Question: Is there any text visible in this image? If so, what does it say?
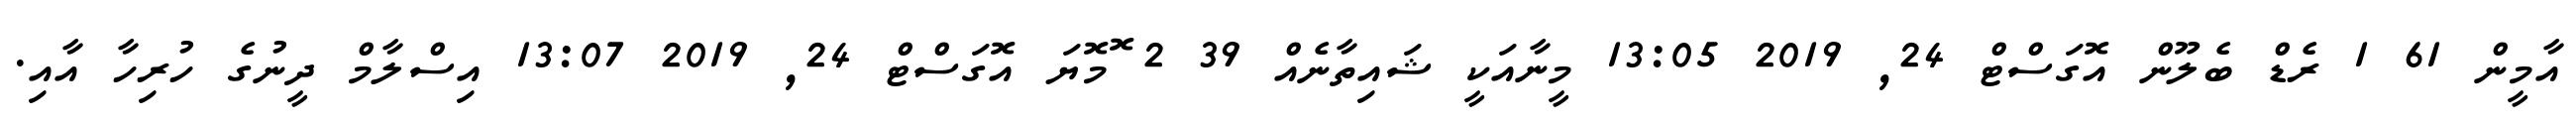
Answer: އާމީން 61 1 ރެޑް ބެލޫން އޮގަސްޓް 24, 2019 13:05 މީނާއަކީ ޝައިތާނެއް 39 2 ޮމޮޔަ އޮގަސްޓް 24, 2019 13:07 އިސްލާމް ދީނުގެ ހުރިހާ އާއި.